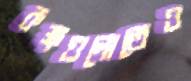
কক্ষগুলোতেও